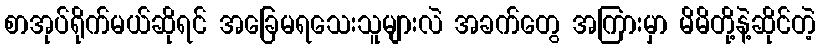
စာအုပ်ရိုက်မယ်ဆိုရင် အခြေမရသေးသူများလဲ အခက်တွေ အကြားမှာ မိမိတို့နဲ့ဆိုင်တဲ့